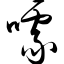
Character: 噱